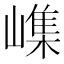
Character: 㠎